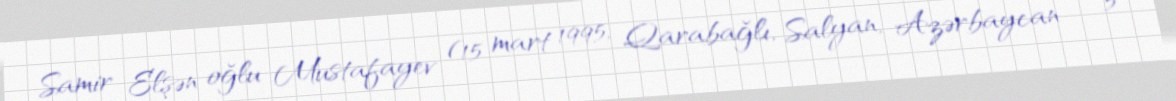
Samir Elşən oğlu Mustafayev (15 mart 1995, Qarabağlı, Salyan, Azərbaycan — 5